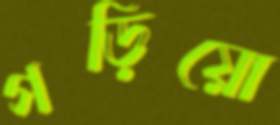
গড়িয়ো